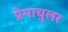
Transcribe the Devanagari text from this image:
प्रेमाचुलर